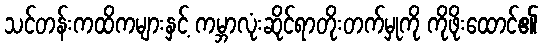
သင်တန်းကထိကများနှင့် ကမ္ဘာလုံးဆိုင်ရာတိုးတက်မှုကို ကိုဖိုးထောင်၏